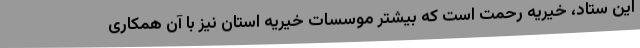
این ستاد، خیریه رحمت است که بیشتر موسسات خیریه استان نیز با آن همکاری